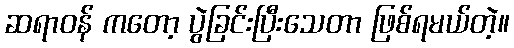
ဆရာဝန် ကတော့ ပွဲခြင်းပြီးသေတာ ဖြစ်ရမယ်တဲ့။